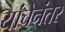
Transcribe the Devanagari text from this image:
यांचेनंतर